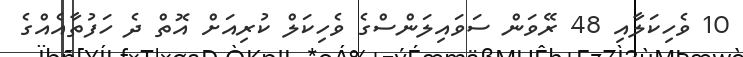
10 ވެހިކަލާއި 48 ރޭވަން ސަވައިލަންސްގެ ވެހިކަލް ކުރިއަށް އޮތް ދެ ހަފުތާއެއްގެ